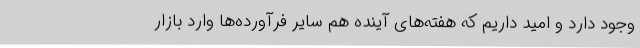
وجود دارد و امید داریم که هفته‌های آینده هم سایر فرآورده‌ها وارد بازار